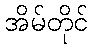
အိမ်တိုင်